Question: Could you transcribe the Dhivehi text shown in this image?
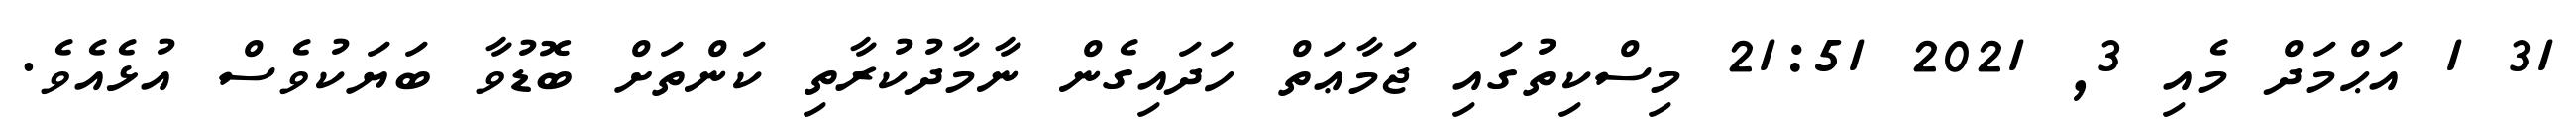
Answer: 31 1 އަޙްމަދް މެއި 3, 2021 21:51 މިސްކިތުގައި ޖަމާޢަތް ހަދައިގެން ނާމާދުކުރާތި ކަންތަށް ބޮޑުވާ ބަޔަކުވެސް އުޅެއެވެ.